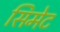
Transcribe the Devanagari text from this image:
सिमेट